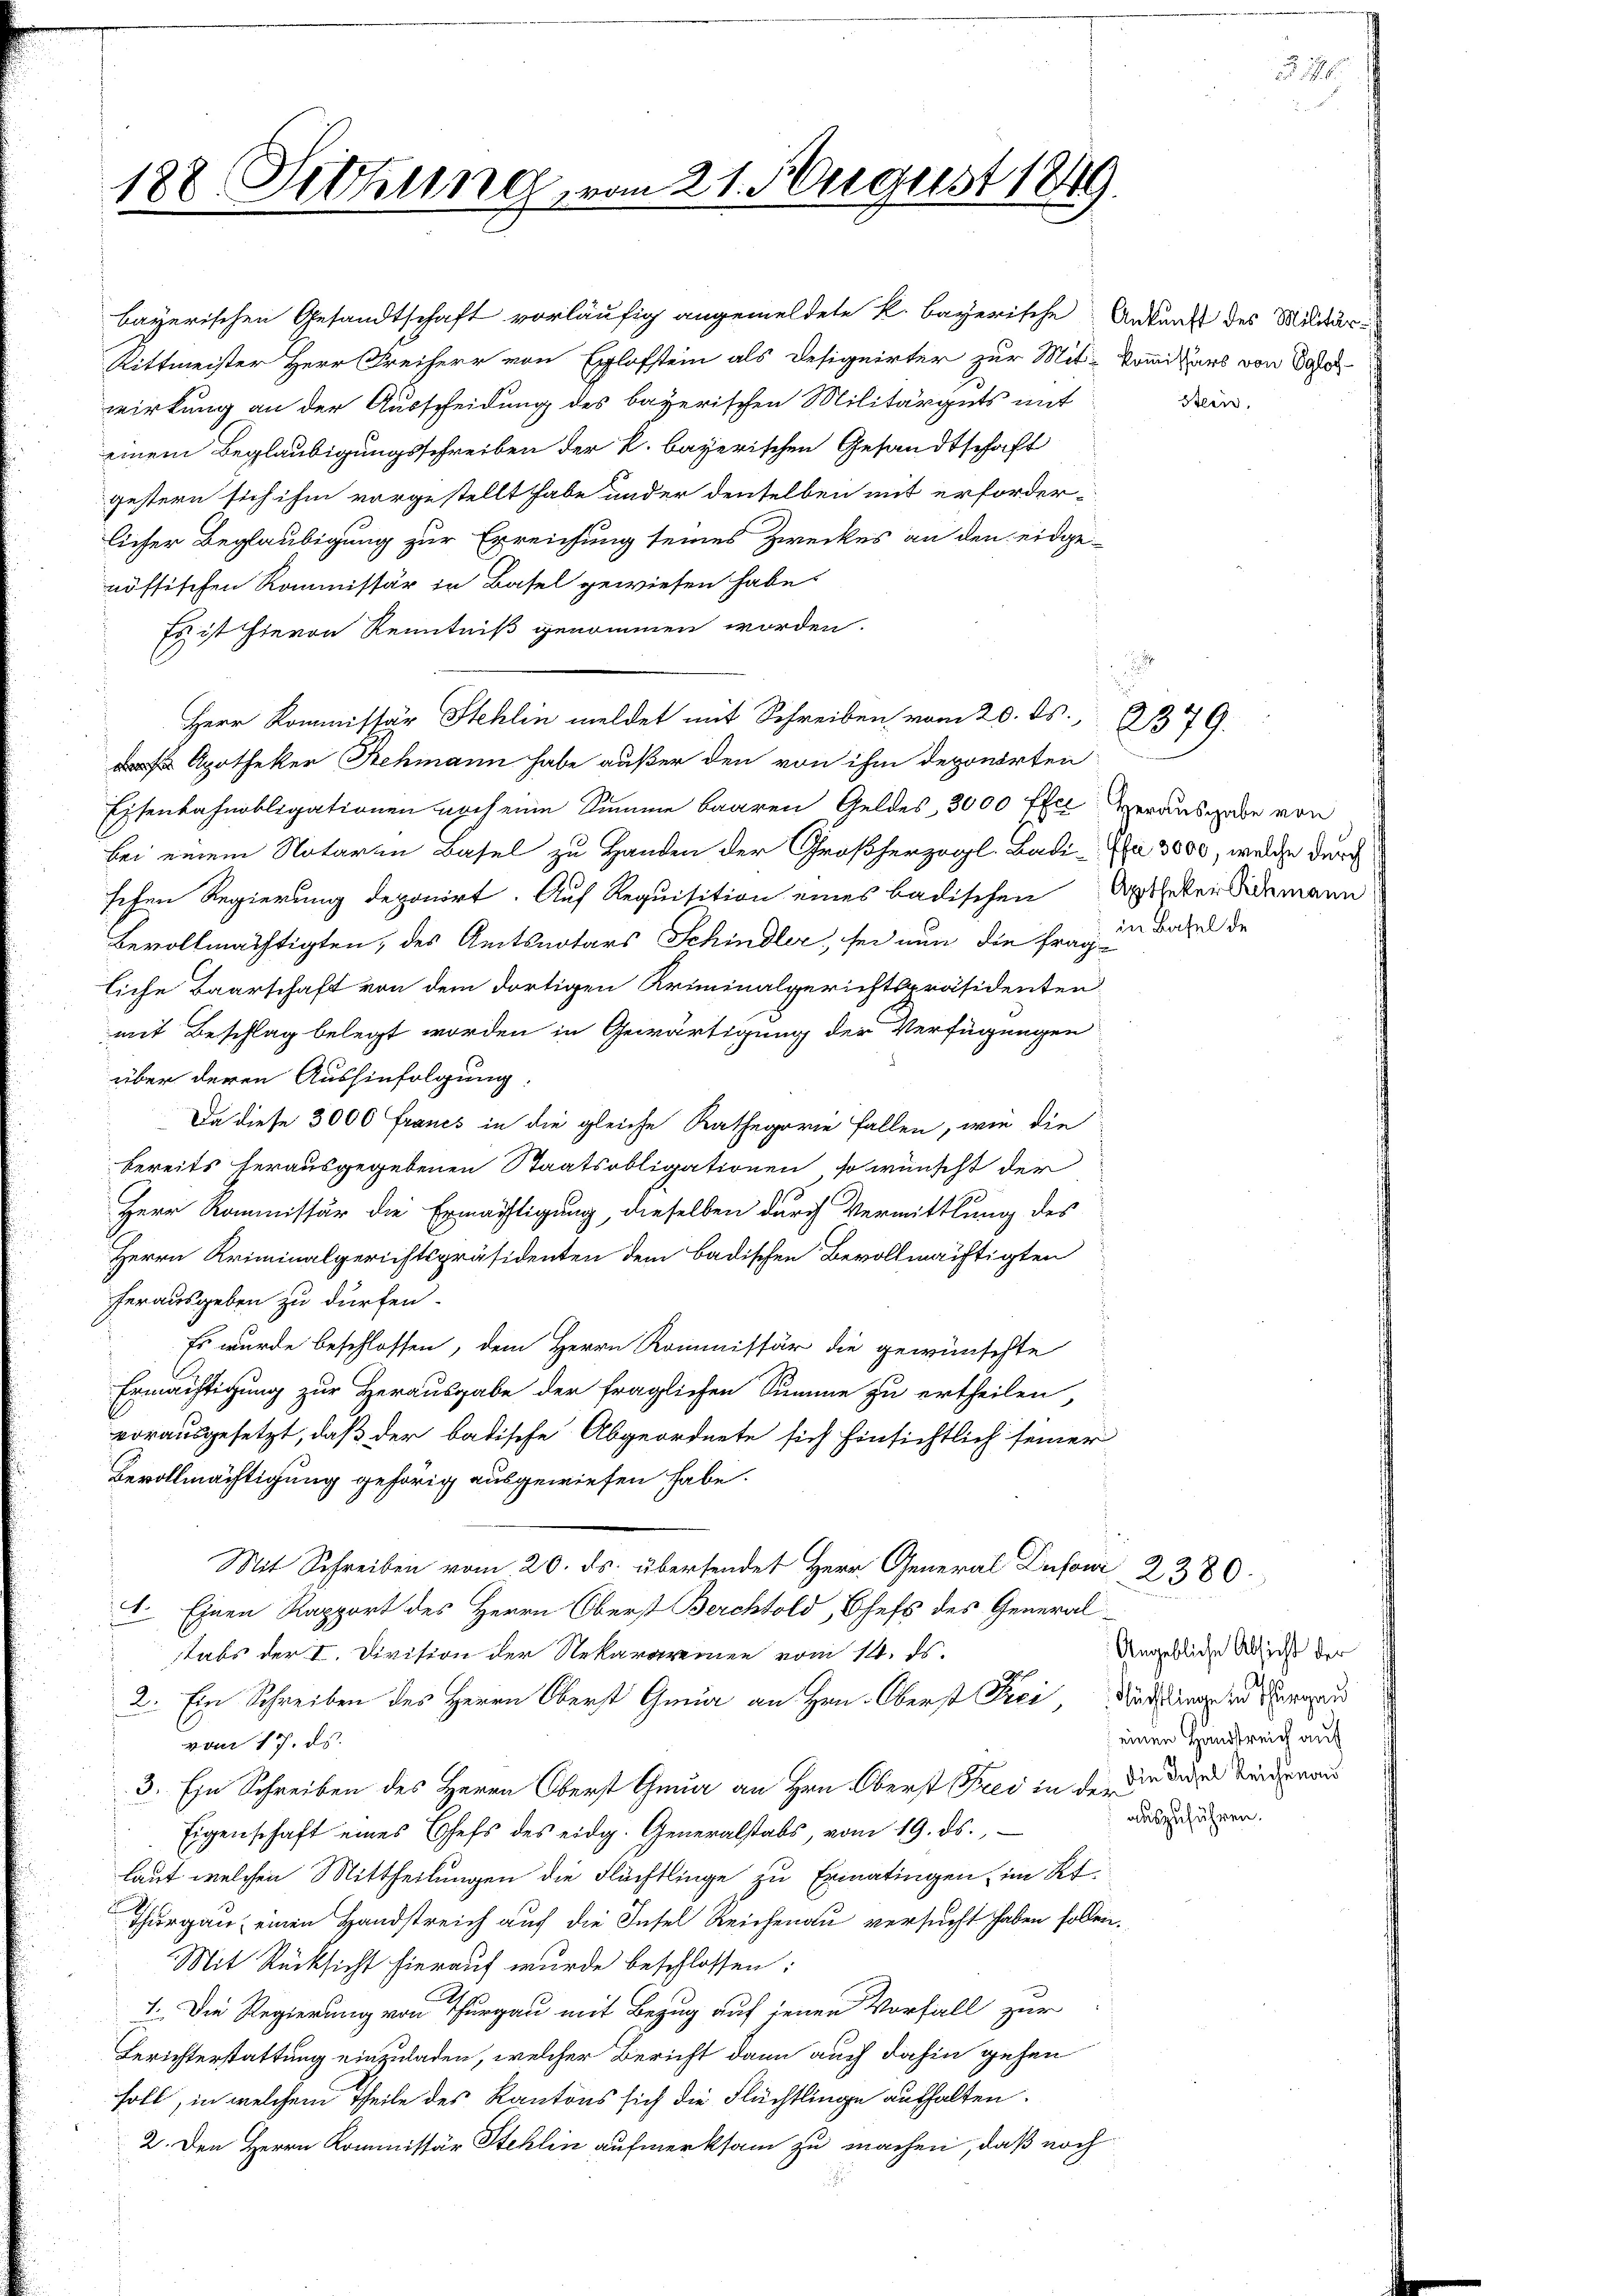
bayerischen Gesandtschaft vorläufig angemeldete k. bayerische Ankunft des Mildär-
Rittmeister Herr Freiherr von Eglofstein als Desiquirter zur Mit-Komiters von 80fr
wirkung an der Ausscheidung des bayerischen Militärguts mit
einem Beglaubigungsschreiben der k. bayerischen Gesandtschaft
gestern sich ihm vorgestellt habe und er denselben mit erforder-
licher Beglaubigung zur Erreichung seines Zweckes an den eidgenöffischen Kommissär in Basel gewiesen habe.
Es ist hievon Kenntniß genommen worden.
 Apotheker Rehmann habe außer den von ihm deponirten
Eisenbahnobligationen noch eine Summe baaren Geldes, 3000 ffel Verausgabe von
bei einem Notaren Basel zu Handen der Großherzogl. Badisa 3000, welche durch
sehen Regierung deponirt. Auf Requisition eines badischen Apotheker Sidemann
Bevollmächtigten, des Amtsnotars Schindler, sei nun die frage
liche Baarschaft von dem dortigen Kriminalgerichtspräsidenten
mit Beschlag belegt worden in Gewärtigung der Verfügungen
über deren Aushinfolgung.
Da diese 3000 Francs in die gleiche Kathegorie fallen, wie die
bereits herausgegebenen Staatsobligationen, so wünscht der
Herr Kommissär die Ermächtigung, dieselben durch Vermittlung des
Herrn Kriminalgerichtspräsidenten dem badischen Bevollmächtigten
herausgeben zu dürfen.
Es wurde beschlossen, dem Herrn Kommissär die gewünschte
Ermächtigung zur Herausgabe der fraglichen Summe zu ertheilen,
vorausgesetzt, daß der badische Abgeordnete sich hinsichtlich seiner
Bevollmächtigung gehörig ausgewiesen habe.
Mit Schreiben vom 20. ds. übersendet Herr General Lusonr 2380.
8. Einen Rapport des Herrn Oberst Berchtold, Chefs des Generaltabs der I. Division der Rekararemen vom 14. ds.
2. Ein Schreiben des Herrn Oberst Gmür an Hrn. Oberst Frei die lang zu er
vom 17. ds.
3. Ein Schreiben des Herrn Oberst Gmür an Hrn. Oberst Fried in der die der zu Seitera
Eigenschaft eines Chefs des eidg. Generalstabs, vom 19. ds.,
laut welchen Mittheilungen die Flüchtlinge zu Ermatingen im Kt.
Thurgau, einen Handstreich auf die Insel Reichenau versucht haben sollen.
Mit Rücksicht hierauf wurde beschlossen:
1. Die Regierung von Thurgau mit Bezug auf jenen Vorfall zur
Berichterstattung einzuladen, welcher Bericht dann auch dahin gehen
soll, in welchem Theile des Kantons sich die Flüchtlinge aufhalten.
2. Den Herrn Kommissär Stehlin aufmerksam zu machen, daß noch

188 Sitzung, vom 21. August 1849.

Herr Kommissär Stehlin meldet mit Schreiben vom 20. ds. 1379.

Stein,

in Basel de

Angebliche Absicht der
einen Handstreich auf
auszuführen.

32